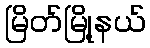
မြိတ်မြို့နယ်